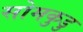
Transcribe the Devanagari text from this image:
सोमकुडु